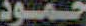
حمود